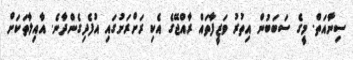
ސިނާއަތް. މީގެ ސަބަބުން އިތުރު ވަޒީފާތައް ރާއްޖޭގެ އެކި ރަށްރަށުގައި އުފެދިގެންދާނެ. އާއިލާތަކަށް